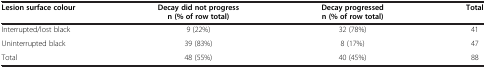
<table><thead><tr><td><b>Lesion surface colour</b></td><td><b>Decay did not progress n (% of row total)</b></td><td><b>Decay progressed n (% of row total)</b></td><td><b>Total</b></td></tr></thead><tbody><tr><td>Interrupted/lost black</td><td>9 (22%)</td><td>32 (78%)</td><td>41</td></tr><tr><td>Uninterrupted black</td><td>39 (83%)</td><td>8 (17%)</td><td>47</td></tr><tr><td>Total</td><td>48 (55%)</td><td>40 (45%)</td><td>88</td></tr></tbody></table>